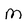
Character: M